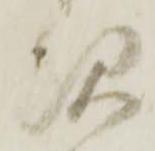
次